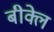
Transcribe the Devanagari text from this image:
बीक्ले